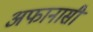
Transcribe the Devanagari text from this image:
अफानासी